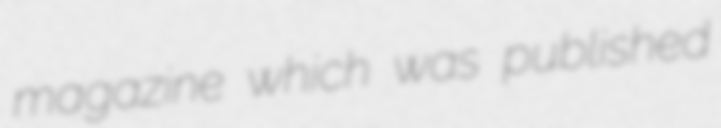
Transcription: magazine which was published